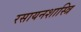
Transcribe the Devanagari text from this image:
रसायनशास्त्रि